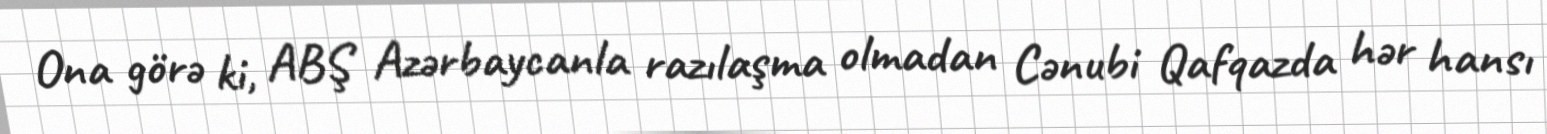
Ona görə ki, ABŞ Azərbaycanla razılaşma olmadan Cənubi Qafqazda hər hansı